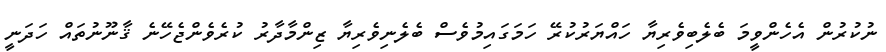
ނުކުރުން އެހެންވީމަ ބެލެބިވެރިޔާ ހައްޔަރުކުރޭ ހަމަގައިމުވެސް ބެލެނިވެރިޔާ ޒިންމާދާރު ކުރެވެންޖެހޭނެ ޤާނޫނުތައް ހަދަނީ